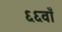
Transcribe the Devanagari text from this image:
६६वाँ